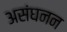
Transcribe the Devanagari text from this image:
असंघनन